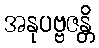
အနုပဗ္ဗဇန္တိ